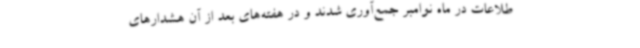
طلاعات در ماه نوامبر جمع‌آوری شدند و در هفته‌های بعد از آن هشدارهای